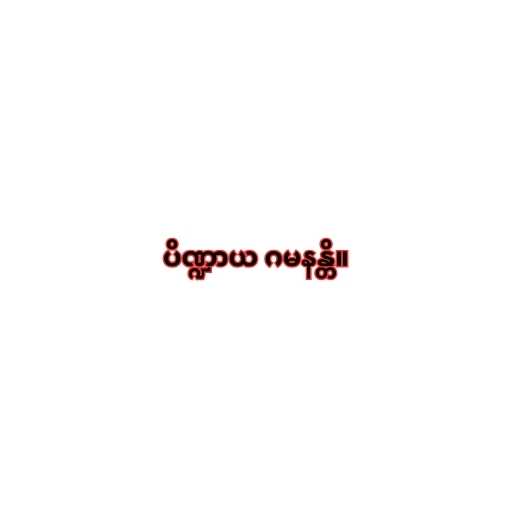
ပိဏ္ဍာယ ဂမနန္တိ။